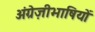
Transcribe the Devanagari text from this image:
अंग्रेज़ीभाषियों